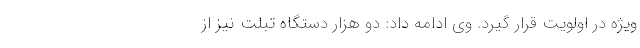
ویژه در اولویت قرار گیرد. وی ادامه داد: دو هزار دستگاه تبلت نیز از